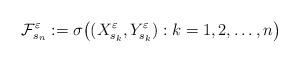
LaTeX: \begin{align*}\mathcal{F}_{s_{n}}^{\varepsilon}&:= \sigma \big( (X_{s_{k}}^{\varepsilon},Y_{s_{k}}^{\varepsilon}) : k=1,2,\ldots ,n \big)\end{align*}